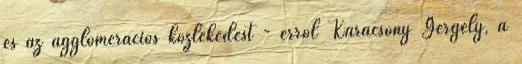
és az agglomerációs közlekedést - erről Karácsony Gergely, a